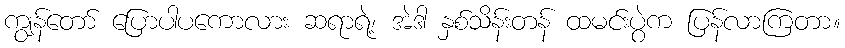
ကျွန်တော် ပြောပါပကောလား ဆရာရဲ့၊ အဲဒါ နှစ်သိန်းတန် ထမင်းပွဲက ပြန်လာကြတာ။